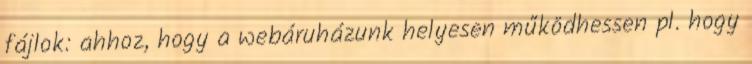
fájlok: ahhoz, hogy a webáruházunk helyesen működhessen pl. hogy